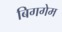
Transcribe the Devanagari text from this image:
बिगगेम